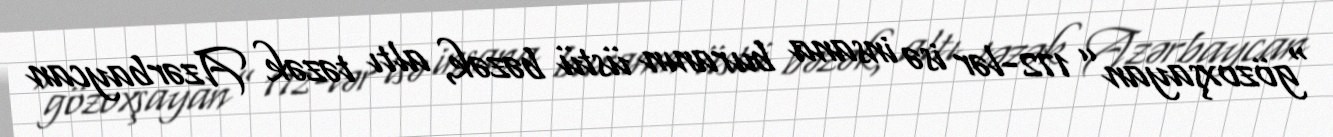
“gözoxşayan” 172-lər isə insana buranın üstü bəzək, altı təzək Azərbaycan